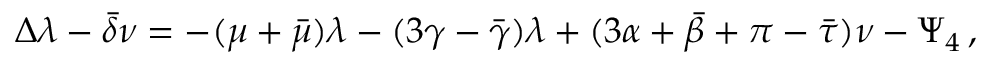
\Delta \lambda - { \bar { \delta } } \nu = - ( \mu + { \bar { \mu } } ) \lambda - ( 3 \gamma - { \bar { \gamma } } ) \lambda + ( 3 \alpha + { \bar { \beta } } + \pi - { \bar { \tau } } ) \nu - \Psi _ { 4 } \, ,